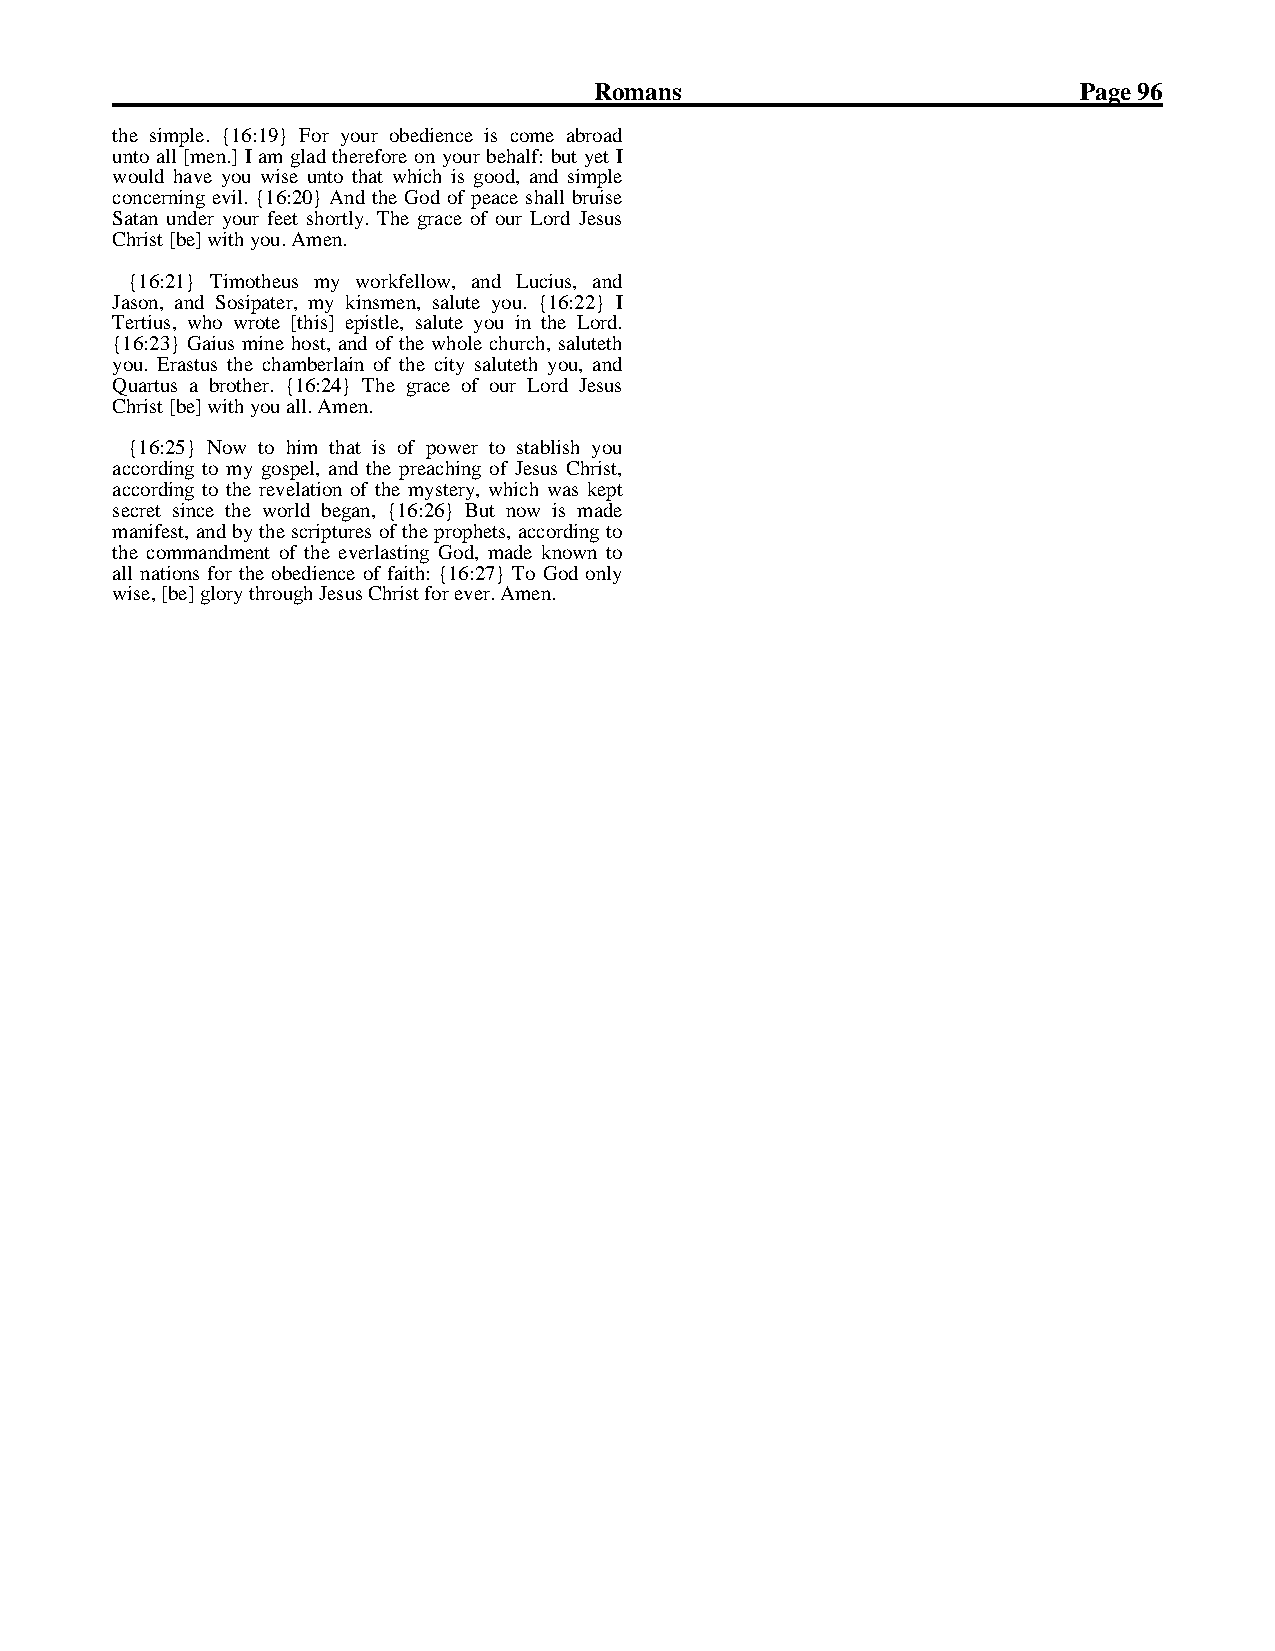
Romans                          Page 96
 the simple. {16:19} For your obedience is come abroadunto all [men.] I am glad therefore on your behalf: but yet Iwould have you wise unto that which is good, and simpleconcerning evil. {16:20} And the God of peace shall bruiseSatan under your feet shortly. The grace of our Lord Jesus
 Christ [be] with you. Amen.
 Ja{so1n6,: 2a1n}d TSiomsoipthateeurs, mmyy kwinosmrkefenl,l oswal,u tea nydo uL. u{c1iu6s:,2 2a}n dITertius, who wrote [this] epistle, salute you in the Lord.{16:23} Gaius mine host, and of the whole church, salutethyou. Erastus the chamberlain of the city saluteth you, andQuartus a brother. {16:24} The grace of our Lord Jesus
 Christ [be] with you all. Amen.
 ac{c1o6rd:2in5g} tNo omwy tgoo shpieml, athnadt thise opfr epacohwinerg toof Jsetasbulsi sCh hryiostu,according to the revelation of the mystery, which was keptsecret since the world began, {16:26} But now is mademanifest, and by the scriptures of the prophets, according tothe commandment of the everlasting God, made known toall nations for the obedience of faith: {16:27} To God only
 wise, [be] glory through Jesus Christ for ever. Amen.